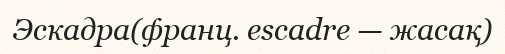
Эскадра(франц. escadre — жасақ)